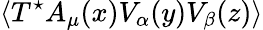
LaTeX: \langle T^{\star}A_{\mu}(x)V_{\alpha}(y)V_{\beta}(z)\rangle